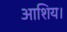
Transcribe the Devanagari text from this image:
आशिय।